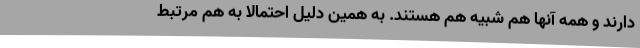
دارند و همه آنها هم شبیه هم هستند. به همین دلیل احتمالا به هم مرتبط